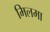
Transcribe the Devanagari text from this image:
मिलमा